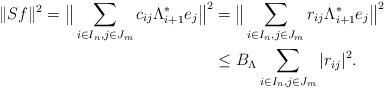
LaTeX: \begin{align*}\|Sf\|^2=\big\|\sum_{i\in{I_n},j\in{J_m}}c_{ij}\Lambda_{i+1}^*e_j\big\|^2&=\big\|\sum_{i\in{I_n},j\in{J_m}}r_{ij}\Lambda_{i+1}^*e_j\big\|^2\\&\leq B_{\Lambda}\sum_{i\in{I_n},j\in{J_m}}|r_{ij}|^2.\end{align*}